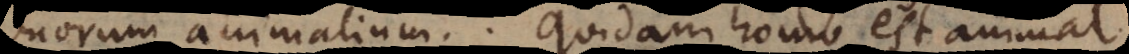
duorum animalium. Quidam homo est animal